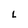
Character: L